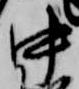
中